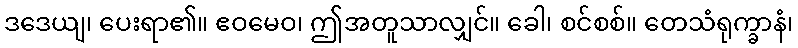
ဒဒေယျ၊ ပေးရာ၏။ ဧဝမေဝ၊ ဤအတူသာလျှင်။ ခေါ၊ စင်စစ်။ တေသံရုက္ခာနံ၊